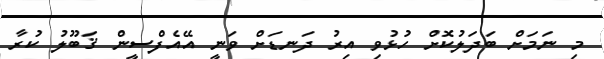
މި ނަމަށް ބަދަލުކޮށް ހުޅުވި އިރު ދަނޑަށް ވަނީ އޭއެފްސީން ޤަބޫލު ކުރާ